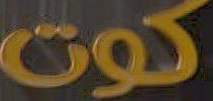
كوت